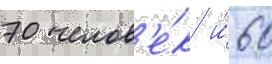
70 челов'е́к и́ 60